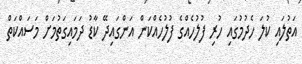
އަތުލައި ކުލަ ހެދުމުގައި ހުރި ފުލުހެއްގެ ފުލުހެއްކަން އަންގައިދޭ ކާޑު ދަމައިގަތުމަށް މަސައްކަތް